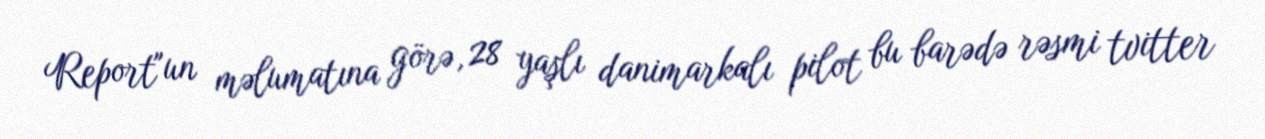
Report"un məlumatına görə, 28 yaşlı danimarkalı pilot bu barədə rəsmi tvitter